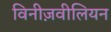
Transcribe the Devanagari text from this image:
विनीज़वीलियन